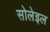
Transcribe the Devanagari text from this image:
सोलेइल